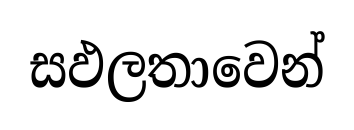
සඵලතාවෙන්